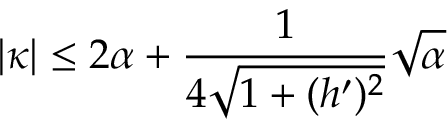
| \kappa | \leq 2 \alpha + \frac { 1 } { 4 \sqrt { 1 + ( h ^ { \prime } ) ^ { 2 } } } \sqrt { \alpha }